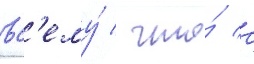
вс'ему́ / что́ с